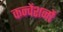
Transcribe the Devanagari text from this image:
कन्वेंशनों